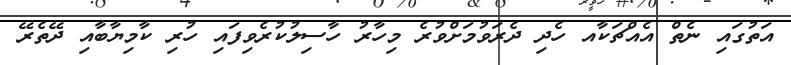
އަތުގައި ނެތް އެއްޗަކާއ ހެދި ދެރަވުމަށްވުރެ މިހާރު ހާސިލުކުރެވިފައި ހުރި ކާމިޔާބާއި ދޭތެރޭ